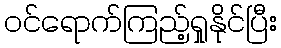
ဝင်ရောက်ကြည့်ရှုနိုင်ပြီး